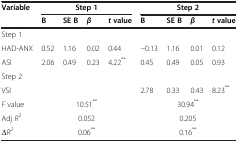
<table><thead><tr><td rowspan="2"><b>Variable</b></td><td colspan="4"><b>Step 1</b></td><td colspan="4"><b>Step 2</b></td></tr><tr><td><b>B</b></td><td><b>SE B</b></td><td><b><i>β</i></b></td><td><b><i>t </i>value</b></td><td><b>B</b></td><td><b>SE B</b></td><td><b><i>β</i></b></td><td><b><i>t </i>value</b></td></tr></thead><tbody><tr><td>Step 1</td><td> </td><td> </td><td> </td><td> </td><td> </td><td> </td><td> </td><td> </td></tr><tr><td>HAD-ANX</td><td>0.52</td><td>1.16</td><td>0.02</td><td>0.44</td><td>−0.13</td><td>1.16</td><td>0.01</td><td>0.12</td></tr><tr><td>ASI</td><td>2.06</td><td>0.49</td><td>0.23</td><td>4.22<sup>**</sup></td><td>0.45</td><td>0.49</td><td>0.05</td><td>0.93</td></tr><tr><td>Step 2</td><td> </td><td> </td><td> </td><td> </td><td> </td><td> </td><td> </td><td> </td></tr><tr><td>VSI</td><td> </td><td> </td><td> </td><td> </td><td>2.78</td><td>0.33</td><td>0.43</td><td>8.23<sup>**</sup></td></tr><tr><td><i>F</i> value</td><td colspan="4">10.51<sup>**</sup></td><td colspan="4">30.94<sup>**</sup></td></tr><tr><td>Adj <i>R</i><sup>2</sup></td><td colspan="4">0.052</td><td colspan="4">0.205</td></tr><tr><td>Δ<i>R</i><sup>2</sup></td><td colspan="4">0.06<sup>**</sup></td><td colspan="4">0.16<sup>**</sup></td></tr></tbody></table>